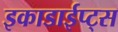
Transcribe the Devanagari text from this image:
इकाडाईप्ट्स